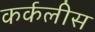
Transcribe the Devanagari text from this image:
कर्कलीस